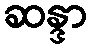
ဆန္ဒာ